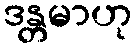
ဒန္တမာဟု